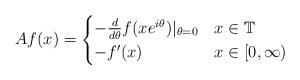
LaTeX: \begin{align*}Af(x) = \begin{cases}-\frac{d}{d\theta} f(xe^{i\theta})|_{\theta = 0} & x \in \mathbb{T} \\-f'(x) & x \in [0,\infty)\end{cases}\end{align*}